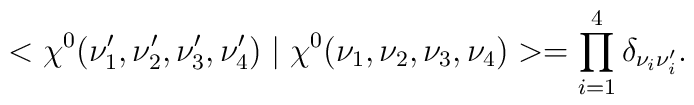
<\chi^{0}(\nu'_{1},\nu'_{2},\nu'_{3},\nu'_{4})\mid\chi^{0}(\nu_{1},\nu_{2},\nu_{3},\nu_{4})>=\prod_{i=1}^{4}\delta_{\nu_{i}\nu'_{i}}.